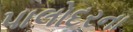
પાલોદરના